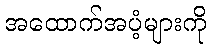
အထောက်အပံ့များကို